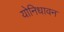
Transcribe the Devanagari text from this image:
योनिधावन